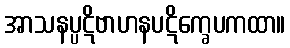
အာသနပ္ပဋိဗာဟနပဋိက္ခေပကထာ။